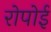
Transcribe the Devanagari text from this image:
रोपोई